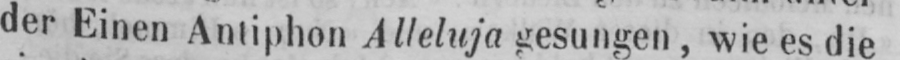
der Einen Antiphon Alleluja gesungen, wie es die